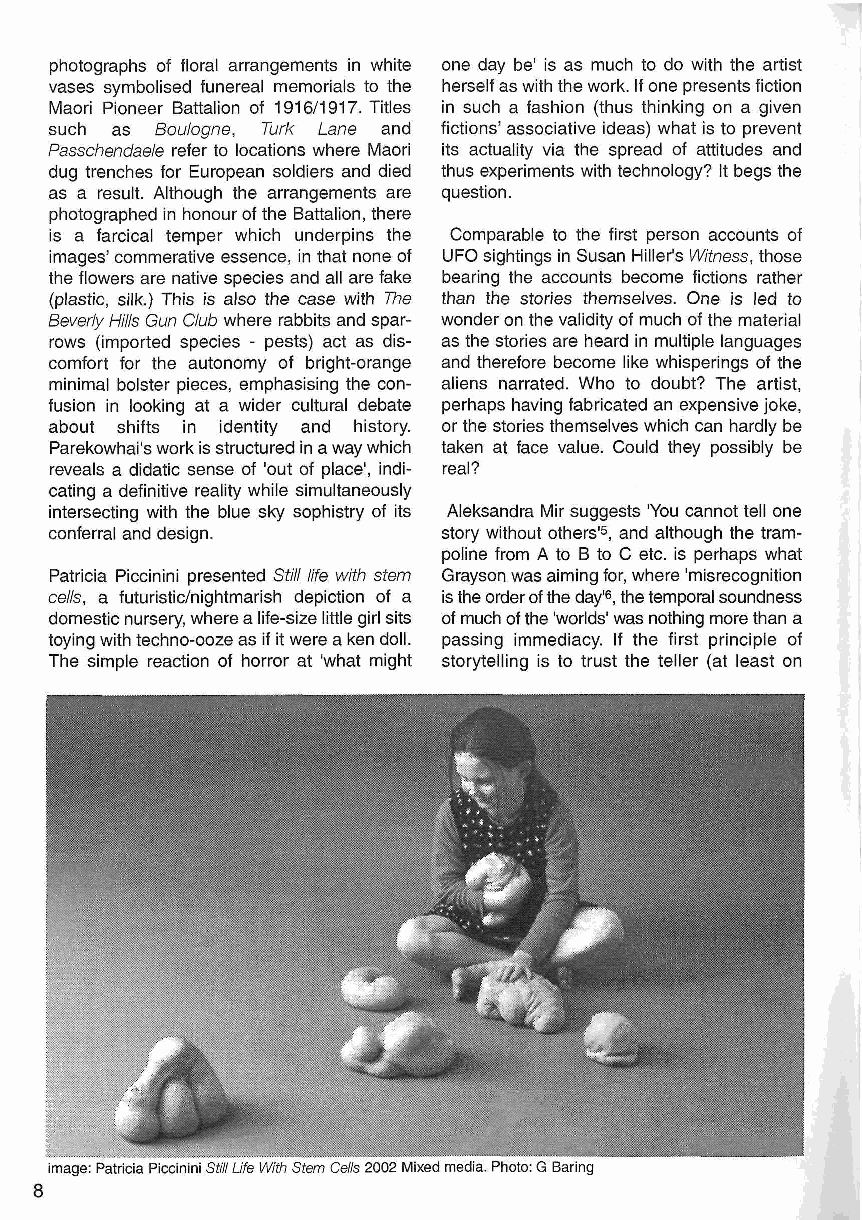
photographs of floral arrangements in white one day be' is as much to do with the artist
 vases symbolised funereal memorials to the herself as with the work. If one presents fiction
 Maori Pioneer Battalion of 1916/1917. Titles in such a fashion (thus thinking on a given
 such as Boulogne, Turk Lane and fictions' associative ideas) what is to prevent
 Passchendaele refer to locations where Maori its actuality via the spread of attitudes and
 dug trenches for European soldiers and died thus experiments with technology? It begs the
 as a result. Although the arrangements are question.
 photographed in honour of the Battalion, there
 is a farcical temper which underpins the Comparable to the first person accounts of
 images' commerative essence, in that none of UFO sightings in Susan Hiller's Witness, those
 the flowers are native species and all are fake bearing the accounts become fictions rather
 (plastic, silk.) This is also the case with The than the stories themselves. One is led to
 Beverly Hills Gun Club where rabbits and spar wonder on the validity of much of the material
 rows (imported species - pests) act as dis as the stories are heard in multiple languages
 comfort for the autonomy of bright-orange and therefore become like whisperings of the
 minimal bolster pieces, emphasising the con aliens narrated. Who to doubt? The artist,
 fusion in looking at a wider cultural debate perhaps having fabricated an expensive joke,
 about shifts in identity and history. or the stories themselves which can hardly be
 Parekowhai's work is structured in a way which taken at face value. Could they possibly be
 reveals a didatic sense of 'out of place', indi real?
 cating a definitive reality while simultaneously
 intersecting with the blue sky sophistry of its Aleksandra Mir suggests 'You cannot tell one
 conferral and design.     story without others'5, and although the tram
 poline from A to B to C etc. is perhaps what
 Patricia Piccinini presented Still life with stem Grayson was aiming for, where 'misrecognition
 cells, a futuristic/nightmarish depiction of a is the order of the day'6, the temporal soundness
 domestic nursery, where a life-size little girl sits of much of the 'worlds' was nothing more than a
 toying with techno-ooze as if it were a ken doll. passing immediacy. If the first principle of
 The simple reaction of horror at 'what might storytelling is to trust the teller (at least on
 • ""••
 .•':.•..:••.•:.:•..••••••.:••:•:•.:::•..• \ :•••:•''•••••'• \ i
 •
 I
 W•: :;. •m.•.:•m.•..:m•....&•.•.•o:.•^•••m••.•.m•:-•s•••m.•..•m••.•... •:,.*•.;:;::.: ;
 mm    • •     i  '
 •
 il:Si«:i:;>i;^ __F *"<fefe:
 .:
 Hi
 jl  fij  /.**
 mm
 lllwH^
 image: Patricia Piccinini Still Life With Stem Cells 2002 Mixed media. Photo: G Baring